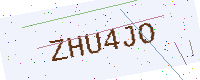
Text: ZHU4JO